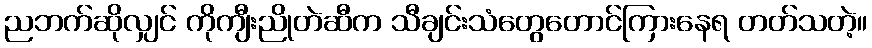
ညဘက်ဆိုလျှင် ကိုကျီးညိုတဲဆီက သီချင်းသံတွေတောင်ကြားနေရ တတ်သတဲ့။